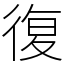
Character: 復